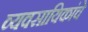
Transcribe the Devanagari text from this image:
व्यवसायिकांचे